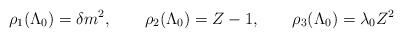
LaTeX: \begin{align*}\rho_1(\Lambda_0)= \delta m^2,\qquad \rho_2(\Lambda_0)=Z-1,\qquad\rho_3(\Lambda_0)=\lambda_0Z^2\end{align*}